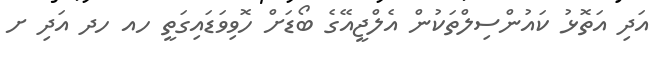
އަދި އަތޮޅު ކައުންސިލްތަކުން އެލްޖީއޭގެ ބޯޑަށް ހޮވިވަޑައިގަތީ ހއ ހދ އަދި ށ